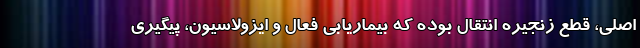
اصلی، قطع زنجیره انتقال بوده که بیماریابی فعال و ایزولاسیون، پیگیری